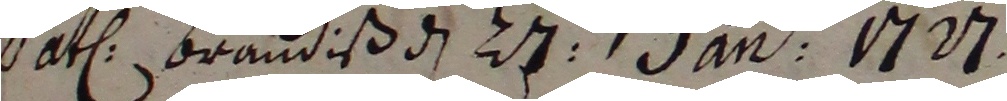
Datu Braudiß den 27.ten jan 1777.